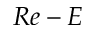
R e - E